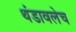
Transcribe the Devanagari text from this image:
थंडावलेच